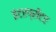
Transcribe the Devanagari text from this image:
इंटरप्रीटर